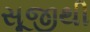
સૂજીથી